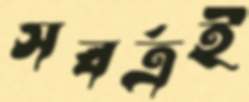
সবর্ত্রই